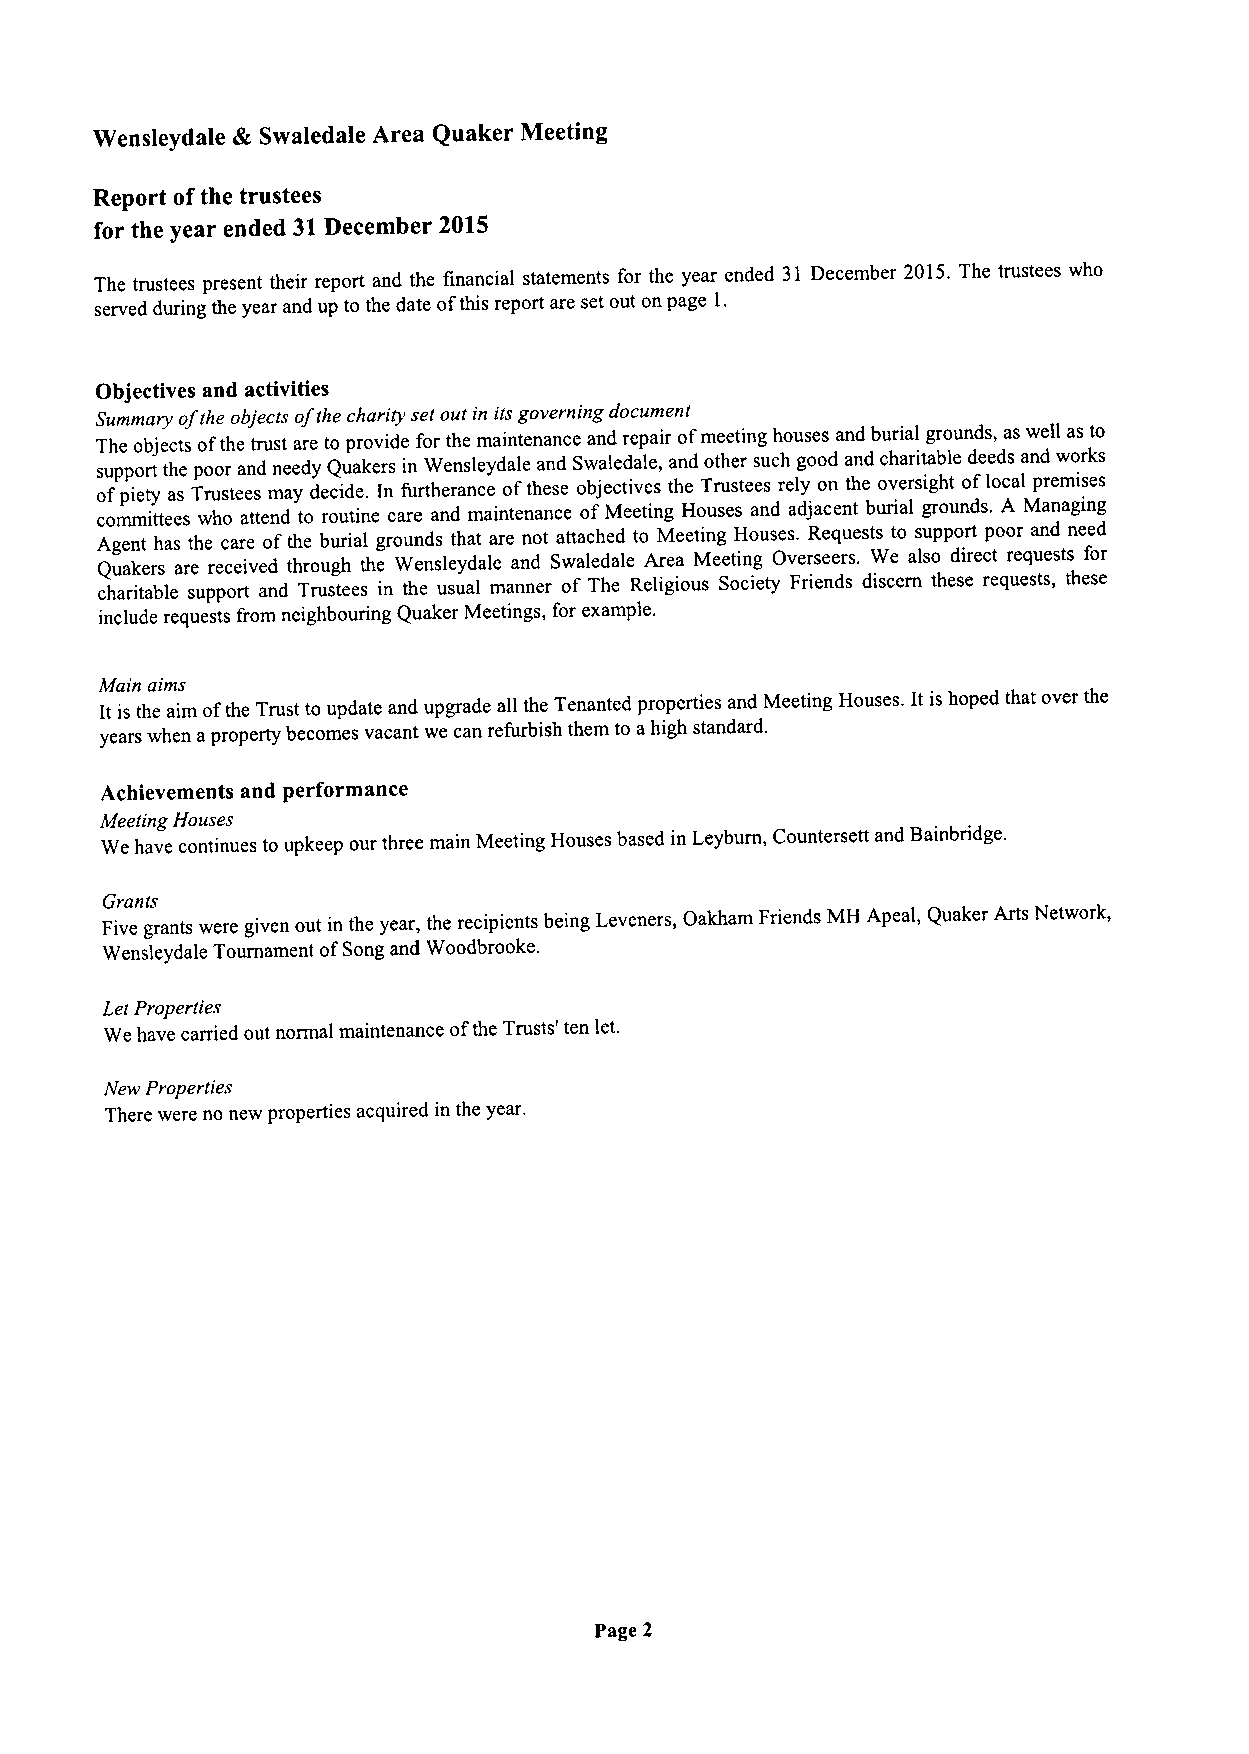
Wensleydale & Swaledale Area Quaker Meeting
 Report ofthe trustees
 for the year ended 31December 2015
 The trustees present their report and the financial statements for the year ended 31 December 2015.The trustees who
 served during the year and up to the date ofthis report are set out on page l.
 Objectives and activities
 Summary ofthe objects ofthe charity set out in its governing document
 The objects ofthe trust are to provide for the maintenance and repair ofmeeting houses and burial grounds, as well as to
 s ou fp pp io er tt
 y
 t ah se Tp ro uo sr tea en sd mne ayedy deQ ciu da ek .er Is
 n
 fi un rtW hee rn ansl ce eyda ole ftha en sd
 e
 S ow bja el ced tia vl ee s, ta hn ed To rt uh se tr ees such relg yoo od
 n
 a thn ed oc vh ea rr sit ia gb hl te od fee lod cs alan pd remwo isr ek ss
 committees who attend to routine care and maintenance ofMeeting Houses and adjacent burial grounds. A Managing
 Agent has the care ofthe burial grounds that are not attached to Meeting Houses. Requests to support poor and need
 Quakers are received through the Wensleydale and Swaledale Area Meeting Overseers. We also direct requests for
 charitable support and Trustees in the usual manner of The Religious Society Friends discern these requests, these
 include requests from neighbouring Quaker Meetings, for example,
 Main aims
 It is the aim ofthe Trust to update and upgrade all the Tenanted properties and Meeting Houses. It is hoped that over the
 years when aproperty becomes vacant we can refurbish them to ahigh standard.
 Achievements and performance
 Meeting Houses
 We have continues to upkeep our three main Meeting Houses based in Leyburn, Countersett and Bainbridge.
 Grants
 Five grants were given out in the year, the recipients being Leveners, Oakham Friends MH Apeal, Quaker Arts Network,
 Wensleydale Tournament ofSong and Woodbrooke.
 Let Properties
 We have carried out normal maintenance ofthe Trusts' ten let.
 New Properties
 There were no new properties acquired in the year.
 Page 2